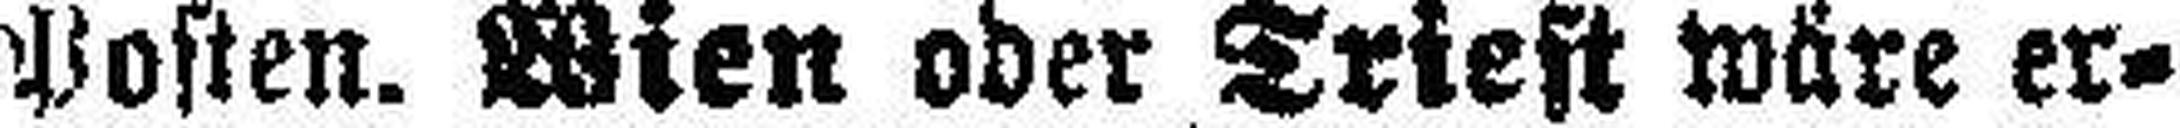
Posten. Wien oder Trieft wäre er¬